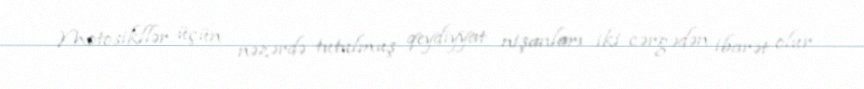
Motosikllər üçün nəzərdə tutulmuş qeydiyyat nişanları iki cərgədən ibarət olur